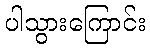
ပါသွားကြောင်း